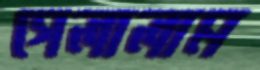
গেলালাম